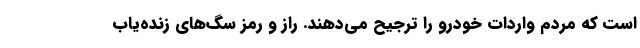
است که مردم واردات خودرو را ترجیح می‌دهند. راز و رمز سگ‌های زنده‌یاب